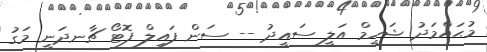
މުޙައްމަދު ޝަހީމް އަލީ ސައީދު -- ސަން ފައިލް ފޮޓޯ ޗާނދަނީ މަގު